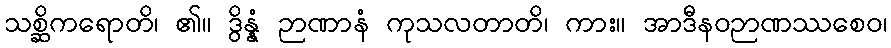
သစ္ဆိကရောတိ၊ ၏။ ဒွိန္နံ ဉာဏာနံ ကုသလတာတိ၊ ကား။ အာဒီနဝဉာဏဿစေဝ၊